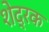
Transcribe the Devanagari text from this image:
शेद्रक